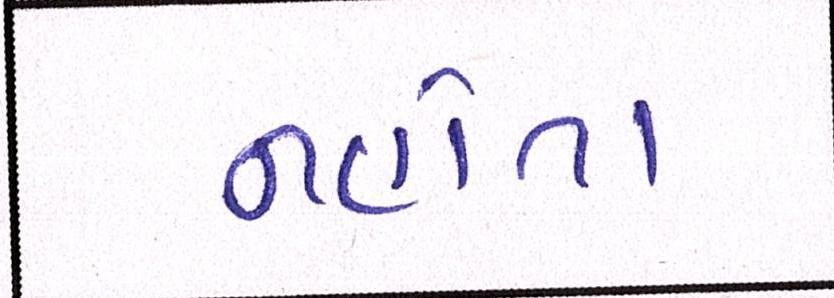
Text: નહોતા